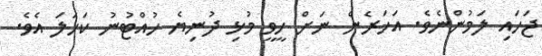
ޖަހައި ލަމުންނެވެ. އަހަރެން ނަށް ހީވީ މުޅި ދުނިޔެ ހުއްޓުނު ކަހަލަ އެވެ.